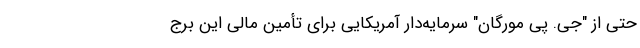
حتی از "جی. پی مورگان" سرمایه‌دار آمریکایی برای تأمین مالی این برج